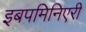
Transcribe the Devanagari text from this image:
इबपमिनिएरी